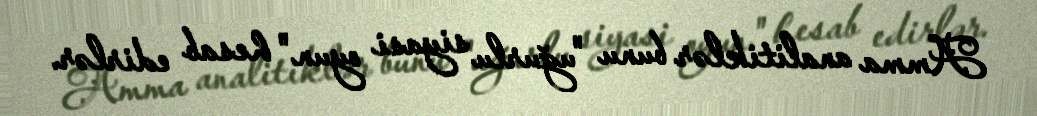
Amma analitiklər bunu "uğurlu siyasi oyun" hesab edirlər.